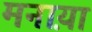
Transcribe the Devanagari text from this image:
मनाय़ा